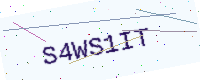
Text: S4WS1IT